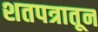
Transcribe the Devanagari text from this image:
शतपत्रातून